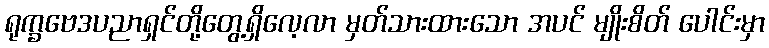
ရုက္ခဗေဒပညာရှင်တို့တွေ့ရှိလေ့လာ မှတ်သားထားသော အပင် မျိုးစိတ် ပေါင်းမှာ